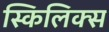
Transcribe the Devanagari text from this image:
स्किलिक्स